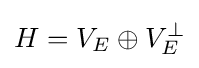
H=V_{E}\oplus V_{E}^{\perp }